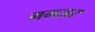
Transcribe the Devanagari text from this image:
ममज़र